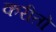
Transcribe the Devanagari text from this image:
करीतो